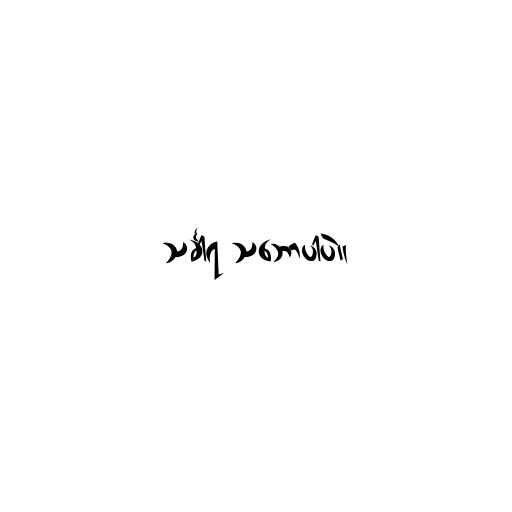
သင်္ခါရ သ‌ဘောပါပဲ။